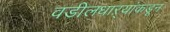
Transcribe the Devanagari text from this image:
वडीलधाऱ्यांकडून